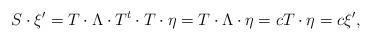
LaTeX: \begin{align*} S\cdot\xi'=T\cdot\Lambda \cdot T^{t}\cdot T\cdot\eta=T\cdot\Lambda\cdot\eta=cT\cdot\eta=c\xi',\end{align*}